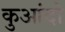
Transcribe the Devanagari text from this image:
कुआंदो